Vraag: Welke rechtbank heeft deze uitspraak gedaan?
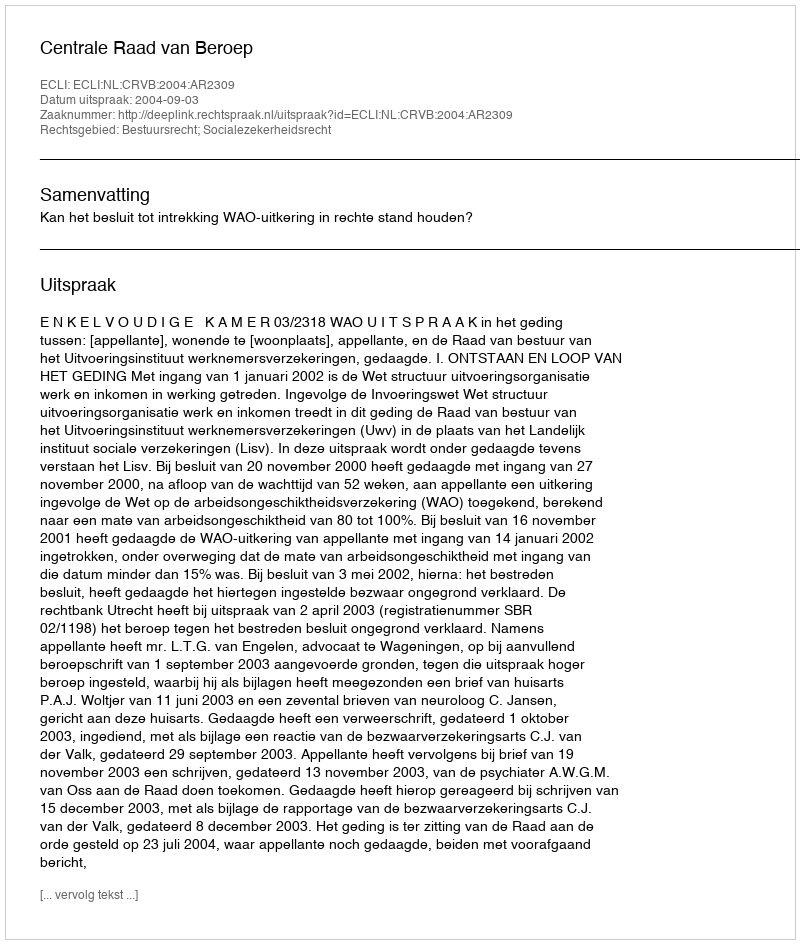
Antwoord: Centrale Raad van Beroep